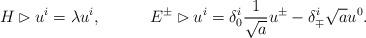
LaTeX: \begin{align*} H\rhd u^i=\lambda u^i,~~~~~~~~~ E^\pm\rhd u^i=\delta_0^i\frac{1}{\sqrt{a}}u^\pm-\delta^i_\mp\sqrt{a}u^0.\end{align*}